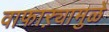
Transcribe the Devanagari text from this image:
वाफाऱ्यामुळे